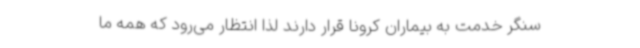
سنگر خدمت به بیماران کرونا قرار دارند لذا انتظار می‌رود که همه ما